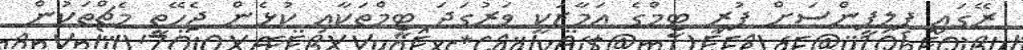
ރޭގައި ފިލިޕީންސަށް ފުރި ޓީމްގެ އަމާޒަކީ ވަރުގަދަ ޓީމްތަކާއި ކުޅެން ޖެހޭތީ މެޗްތަކުން